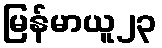
မြန်မာယူ၂၃